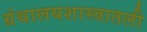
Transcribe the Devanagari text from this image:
ग्रंथालयशास्त्रातली